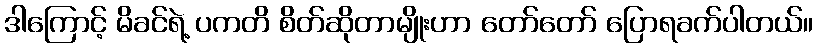
ဒါကြောင့် မိခင်ရဲ့ ပကတိ စိတ်ဆိုတာမျိုးဟာ တော်တော် ပြောရခက်ပါတယ်။